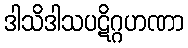
ဒါသိဒါသပဋိဂ္ဂဟဏာ